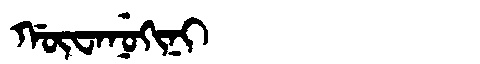
Manchu: ᡤᡡᠸᠠᠨᡠᡴᡳᠨᡳ
Romanization: GŪWANUKINI